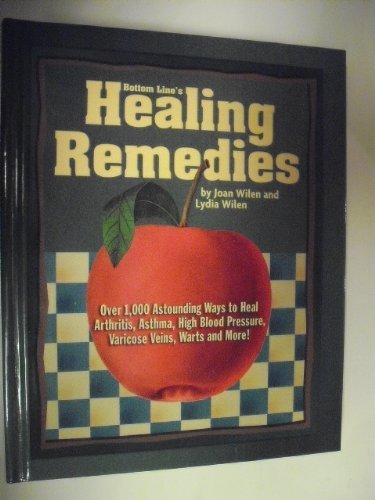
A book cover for Bottom Line's Healing Remedies; Joan; Wilen, Lydia Wilen; Health, Fitness & Dieting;